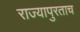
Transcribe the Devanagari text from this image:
राज्यापुरताच